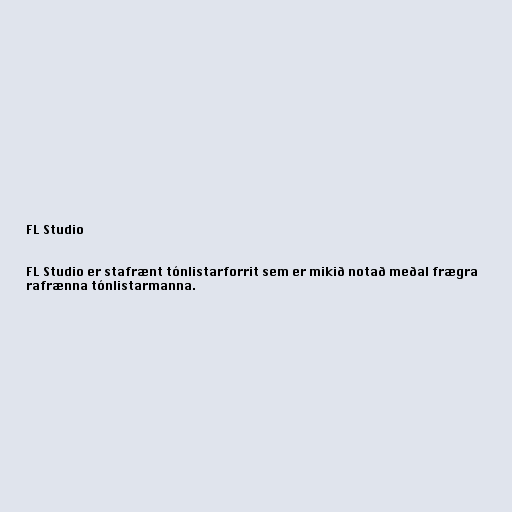
FL Studio

FL Studio er stafrænt tónlistarforrit sem er mikið notað meðal frægra
rafrænna tónlistarmanna.